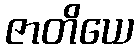
ဇာတိယေ